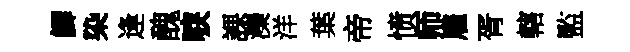
鯽染逢醜唳課灤洋葉帝愤师雇胥轄監